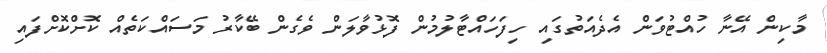
މާކިން އޭނާ ހުއްޓުވަން އެދެއަތުގައި ހިފަހައްޓާލުމުން ފޮޅުވާލަން ވެގެން ބޭކާރު މަސައްކަތެއް ކޮށްކޮށްފައި